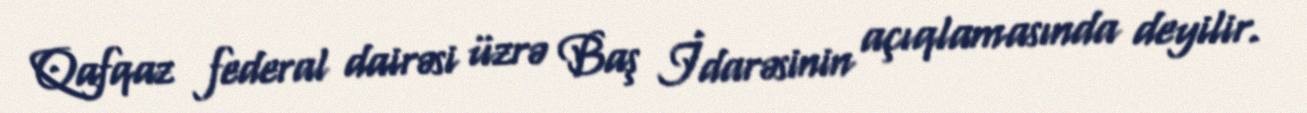
Qafqaz federal dairəsi üzrə Baş İdarəsinin açıqlamasında deyilir.